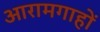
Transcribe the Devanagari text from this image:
आरामगाहों